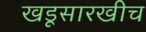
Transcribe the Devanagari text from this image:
खडूसारखीच